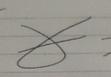
Signature authenticity: forged